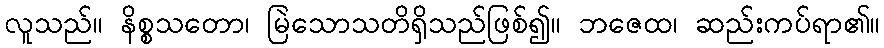
လူသည်။ နိစ္စသတော၊ မြဲသောသတိရှိသည်ဖြစ်၍။ ဘဇေထ၊ ဆည်းကပ်ရာ၏။